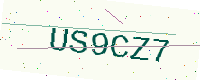
Text: US9CZ7